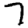
Digit: 7